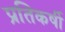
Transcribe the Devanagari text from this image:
प्रतिकर्षी